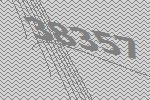
38357